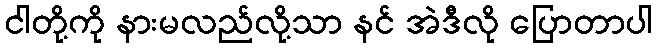
ငါတို့ကို နားမလည်လို့သာ နင် အဲဒီလို ပြောတာပါ